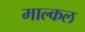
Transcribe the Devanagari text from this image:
माल्कल